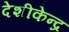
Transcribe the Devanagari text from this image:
देशीकेन्द्र